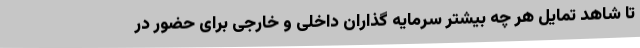
تا شاهد تمایل هر چه بیشتر سرمایه گذاران داخلی و خارجی برای حضور در